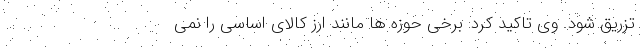
تزریق شود. وی تاکید کرد: برخی حوزه ها مانند ارز کالای اساسی را نمی